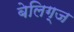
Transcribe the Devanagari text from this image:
बेलिग्ज